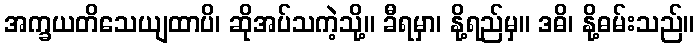
အက္ခယတိသေယျထာပိ၊ ဆိုအပ်သကဲ့သို့။ ခီရမှာ၊ နို့ရည်မှ။ ဒဓိ၊ နို့ဓမ်းသည်။